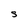
Character: S